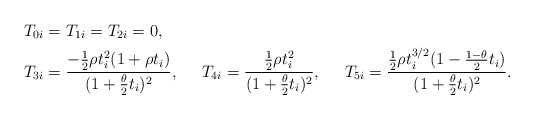
\begin{align*}T_{0i} &= T_{1i} = T_{2i} = 0, \\T_{3i} &= \frac{-\frac{1}{2} \rho t_i^2 (1 + \rho t_i)}{(1 + \frac{\theta}{2}t_i)^2}, &T_{4i} &= \frac{\frac{1}{2} \rho t_i^2 }{(1 + \frac{\theta}{2}t_i)^2}, &T_{5i} &= \frac{\frac{1}{2} \rho t_i^{3/2} (1-\frac{1-\theta}{2} t_i) }{(1 + \frac{\theta}{2}t_i)^2}.\end{align*}